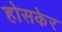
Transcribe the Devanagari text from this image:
होसकेर